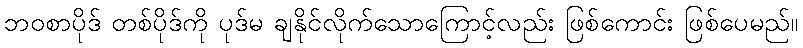
ဘဝစာပိုဒ် တစ်ပိုဒ်ကို ပုဒ်မ ချနိုင်လိုက်သောကြောင့်လည်း ဖြစ်ကောင်း ဖြစ်ပေမည်။